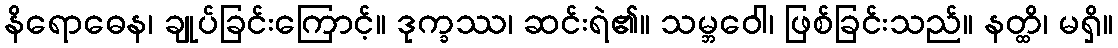
နိရောဓေန၊ ချုပ်ခြင်းကြောင့်။ ဒုက္ခဿ၊ ဆင်းရဲ၏။ သမ္ဘဝေါ၊ ဖြစ်ခြင်းသည်။ နတ္ထိ၊ မရှိ။